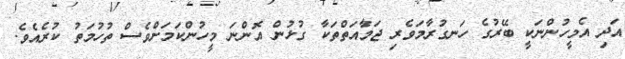
އަދި އެމީހުންނަކީ ބޭރުގެ ހަނގުރާމަވެރި ޖަމާއަތްތަކާ ގުޅުން އޮންނަ މީހުންކަމަށްވެސް ތުހުމަތު ކުރެއެވެ.